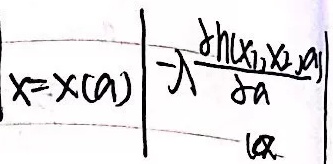
\[x = x(a)\left|-\lambda\frac{\partial h(x_1,x_2,a)}{\partial a}\right|\]